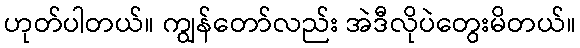
ဟုတ်ပါတယ်။ ကျွန်တော်လည်း အဲဒီလိုပဲတွေးမိတယ်။